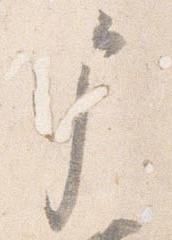
戸